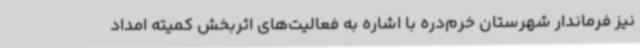
نیز فرماندار شهرستان خرم‌دره با اشاره به فعالیت‌های اثربخش کمیته امداد